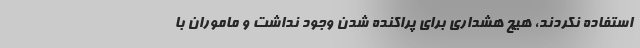
استفاده نکردند، هیچ هشداری برای پراکنده شدن وجود نداشت و ماموران با